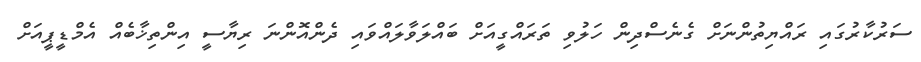
ސަރުކާރުގައި ރައްޔިތުންނަށް ގެނެސްދިން ހަލުވި ތަރައްގީއަށް ބައްލަވާލައްވައި ދެންއޮންނަ ރިޔާސީ އިންތިޚާބެއް އެމްޑީޕީއަށް